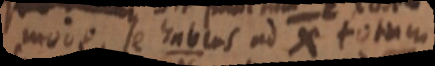
move se habens ad X totum